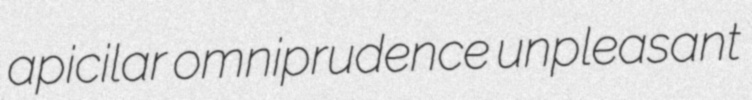
apicilar omniprudence unpleasant